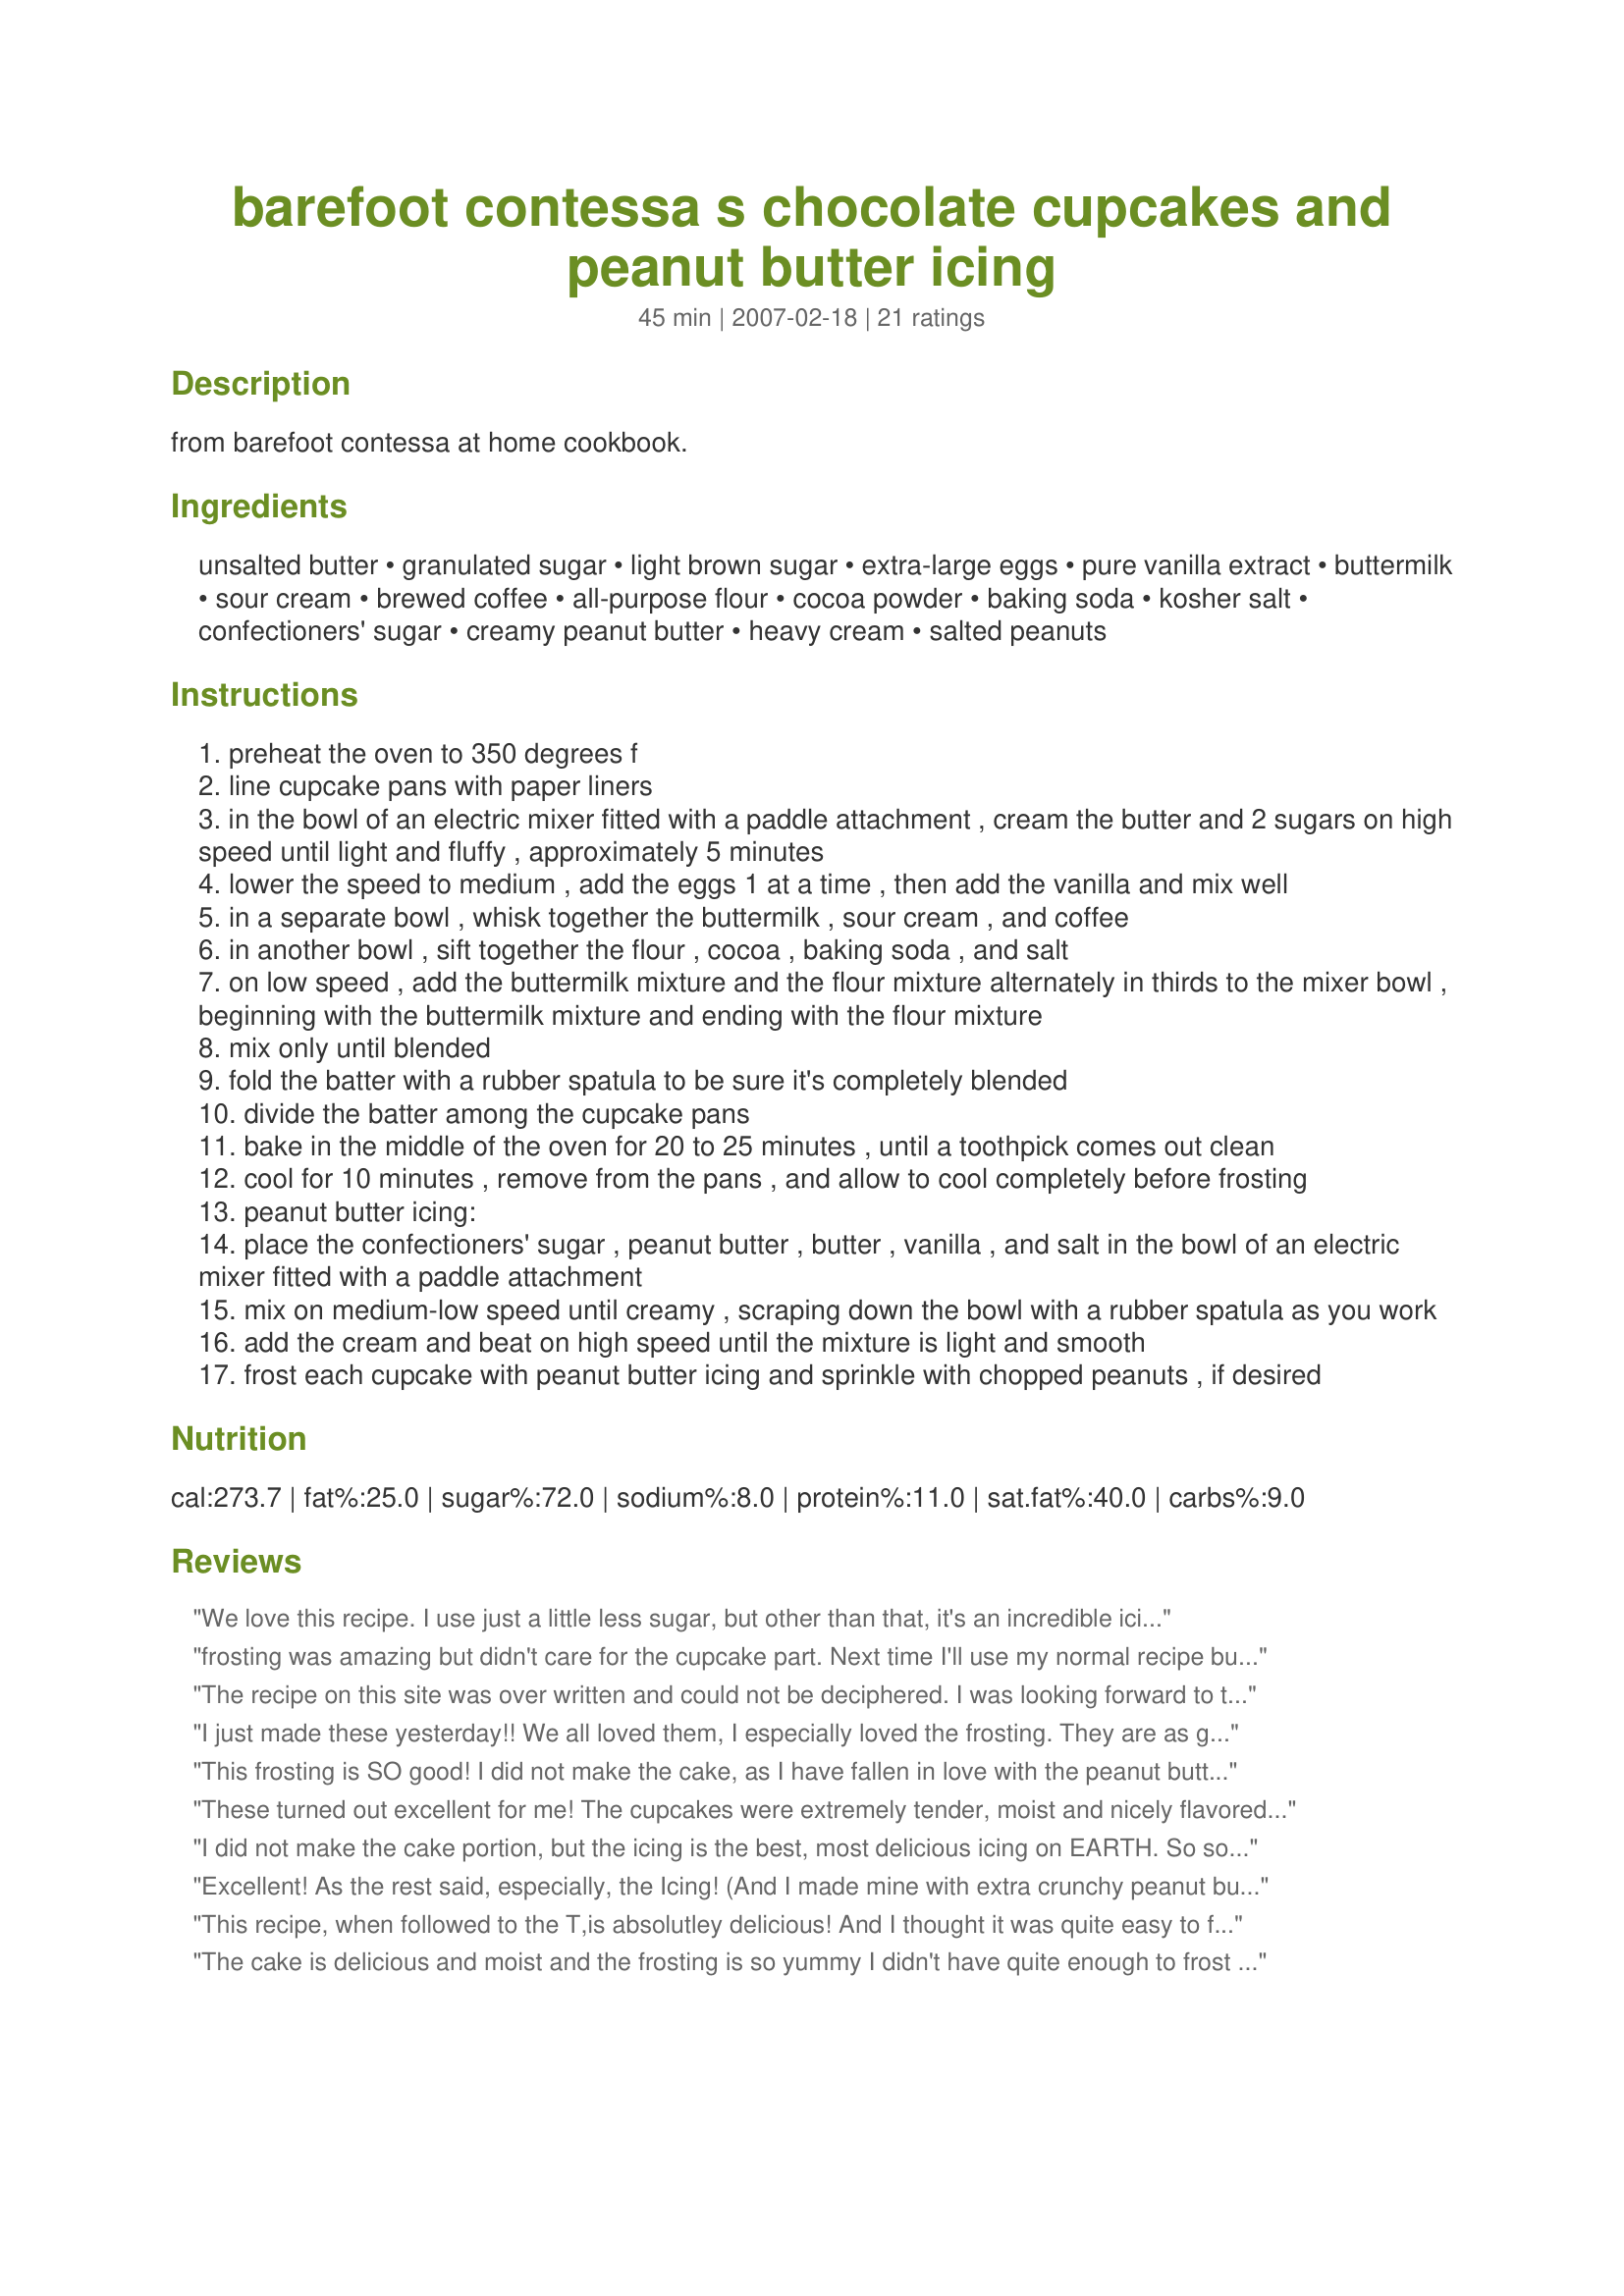
barefoot contessa s chocolate cupcakes and peanut butter icing
Preparation time: 45 minutes

from barefoot contessa at home cookbook.

Ingredients:
unsalted butter, granulated sugar, light brown sugar, extra-large eggs, pure vanilla extract, buttermilk, sour cream, brewed coffee, all-purpose flour, cocoa powder, baking soda, kosher salt, confectioners' sugar, creamy peanut butter, heavy cream, salted peanuts

Steps:
preheat the oven to 350 degrees f
line cupcake pans with paper liners
in the bowl of an electric mixer fitted with a paddle attachment , cream the butter and 2 sugars on high speed until light and fluffy , approximately 5 minutes
lower the speed to medium , add the eggs 1 at a time , then add the vanilla and mix well
in a separate bowl , whisk together the buttermilk , sour cream , and coffee
in another bowl , sift together the flour , cocoa , baking soda , and salt
on low speed , add the buttermilk mixture and the flour mixture alternately in thirds to the mixer bowl , beginning with the buttermilk mixture and ending with the flour mixture
mix only until blended
fold the batter with a rubber spatula to be sure it's completely blended
divide the batter among the cupcake pans
bake in the middle of the oven for 20 to 25 minutes , until a toothpick comes out clean
cool for 10 minutes , remove from the pans , and allow to cool completely before frosting
peanut butter icing:
place the confectioners' sugar , peanut butter , butter , vanilla , and salt in the bowl of an electric mixer fitted with a paddle attachment
mix on medium-low speed until creamy , scraping down the bowl with a rubber spatula as you work
add the cream and beat on high speed until the mixture is light and smooth
frost each cupcake with peanut butter icing and sprinkle with chopped peanuts , if desired

Reviews:
We love this recipe. I use just a little less sugar, but other than that, it's an incredible icing! I used a box mix, and substituted water with milk, and oil with butter.
frosting was amazing but didn't care for the cupcake part. Next time I'll use my normal recipe but this frosting
The recipe on this site was over written and could not be deciphered. I was looking forward to trying the peanut butter icing but could not read the ingredients or directions.
I just made these yesterday!! We all loved them, I especially loved the frosting. They are as good as any high end bakery cupcake.
This frosting is SO good! I did not make the cake, as I have fallen in love with the peanut butter chocolate cake recipe #261980, but I find that it's peanut butter frosting is not peanut-buttery enough. This is just what I was looking for. I substituted half and half for the heavy cream. I also used salted butter, and I meant to leave out some of the salt called for in the recipe, but I forgot, and it still turned out delicious.
These turned out excellent for me! The cupcakes were extremely tender, moist and nicely flavored. The peanut butter frosting was light and fluffy and not overpowering. I wanted a good coffee flavor, so I let it stand for several hours before I got ready to bake. I didn't find the recipe particularly hard...and the result was the most tender cake I've ever made! I did get a lot more cupcakes than indicated. I doubled the recipe because I was making these to take to my daughter's school dance wound up with about 50 cupcakes. Not sure why...they were normal size. But no one complained about there being extras! Thanks for posting.
I did not make the cake portion, but the icing is the best, most delicious icing on EARTH. So so good!
Excellent! As the rest said, especially, the Icing! (And I made mine with extra crunchy peanut butter.) Made these to have on hand when family was in from out of town. They couldn't stay out of them. Thought I'd have enough to take to the office, but don't dare. I'll be making these again.
This recipe, when followed to the T,is absolutley delicious! And I thought it was quite easy to follow! The crumb of the cake was exquisitly tender and moist, even on day two. I was a bit short on the icing so next time I may 1.5X it. Barefoot Contessa never fails us!
The cake is delicious and moist and the frosting is so yummy I didn't have quite enough to frost all the cupcakes because I kept eating it while I was frosting them : Young and old alike will enjoy these delicious lil gems!
Not sure what I did but the cake turned out dry. The icing however was fantastic.
I used the frosting on another cupcake recipe. So, the five starts is for the frosting. It got rave reviews from the party guests. Light, fluffy, flavorful and an easy fix.
I made these for a baby shower, and although I did not get to eat one myself, everyone at the shower raved about them. There are quite a few ingredients, but the recipe really is not complicated. I loved the frosting (which I did get to eat) and will be keeping this recipe around for many future occasions.
These are awesome! I made them for my hubby's b-day, he's a big fan of pb cups so I thought the pb/choc combo would be perfect. The chocolate cake was so moist and rich, I used Ghiradelli cocoa. The pb frosting really made the dessert though. I added a 1/2 mini pb cup on top of each cupcake. They were picture perfect.
Really good peanut butter and chocolate cup cake. My daughter made these just as the recipe stated. They were delicious; the cake was moist and the frosting wasn't too sweet and you could really taste the peanut butter.
I didn't care for these. I found the chocolate a little to bitter for me. I like a sweeter cupcake.
I didn't particularly like the icing either. I was expecting it to taste different, not so much like I'm eating straight peanut butter. However, my husband enjoyed these, but he's not much of a sweet eater.
I decided to try this using just a cake mix for the cupcakes. It turned out pretty good. The frosting is really delicious though so I think I'll try it again using the actual cake recipe to go with the frosting. I doubled the frosting because the mix made 24 cupcakes. I was very liberal with the frosting but I still had some left over. We made a yummy sweet snack by using it up in between chocolate graham crackers! I will be making the frosting again. I'll update if I ever get around to trying the cake! HK
I was a little disappointed with these cupcakes. The icing was very good, but the cake wasn't sweet enough for me or DH. Too bad for him since these were his Valentine's gift! Kind of tasted like dark chocolate, which I like, but I was not expecting that.
Phenomenal Icing!! I only made the icing to top a different chocolate cake recipe than the one on this listing. My husband who normally does not like icing or frosting, RAVED about it. AWESOME!
5 stars for the icing. I added a little more sea salt to it AND used the salted butter. Since the cupcake recipe didn't get reviews as good as the icing, I used the Hershey's "perfectly chocolate" cake recipe instead and they got rave reviews at my husband's birthday party. I topped them with 1/2 of a mini peanut butter cup and they were delicious! Note: If you use the Hershey's cake recipe, ONLY FILL THE CUPCAKE CUPS 1/2 FULL!
The chocolate cupcake was very tasty but to many ingredients and time consuming so it could be substituted for a easier chocolate cake recipe but the peanut butter icing was outstanding!! The icing was creamy and just the right sweetness, I would even consider using the icing for a birthday cake!!! This recipe is a keeper!!!
